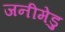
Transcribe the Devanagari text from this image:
जनीमेडु